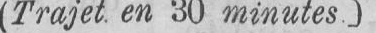
(Trajet en 30 minutes.)